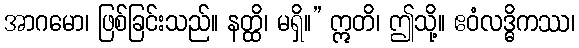
အာဂမော၊ ဖြစ်ခြင်းသည်။ နတ္ထိ၊ မရှိ။” ဣတိ၊ ဤသို့။ ဧဝံလဒ္ဓိကဿ၊